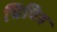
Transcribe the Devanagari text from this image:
चिचित्र